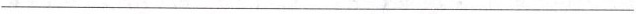
___